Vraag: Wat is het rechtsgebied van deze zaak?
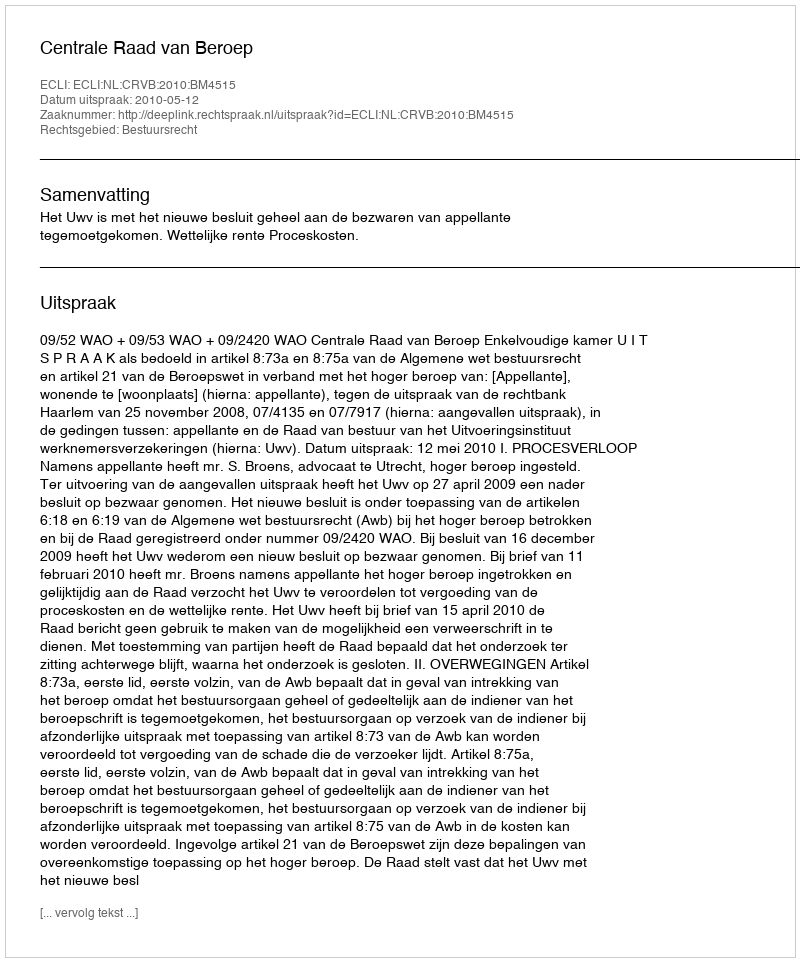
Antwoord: Bestuursrecht